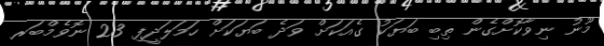
މޫނު ނިވާކޮށްގެން ތިބި ބަޔަކު ގެއަކަށް ވަދެ ބަޔަކަށް ހަމަލަދީފި 23 ނޮވެމްބަރ